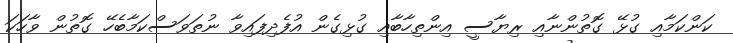
ކަންކަމާއި ގުޅޭ ގޮތުންނާއި ރިޔާސީ އިންތިހާބާއި ގުޅިގެން އުފެދިފައިވާ ނުތަވަސްކަމާބެހޭ ގޮތުން ވާހަކަ